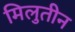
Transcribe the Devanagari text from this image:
मिलुतीन